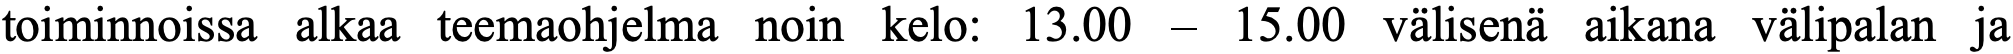
toiminnoissa alkaa teemaohjelma noin kelo: 13.00 – 15.00 välisenä aikana välipalan ja